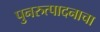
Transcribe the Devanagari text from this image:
पुनरुत्पादनाचा